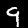
Digit: 9